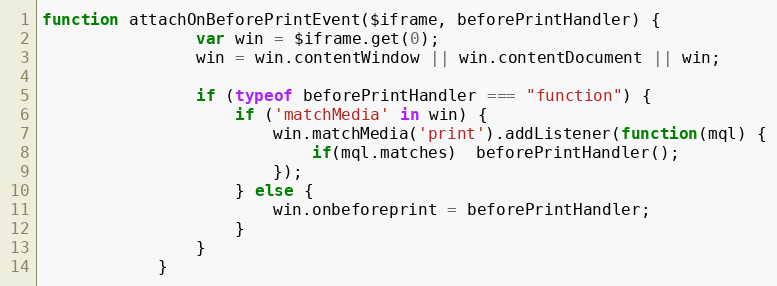
Language: JavaScript
function attachOnBeforePrintEvent($iframe, beforePrintHandler) {
                var win = $iframe.get(0);
                win = win.contentWindow || win.contentDocument || win;

                if (typeof beforePrintHandler === "function") {
                    if ('matchMedia' in win) {
                        win.matchMedia('print').addListener(function(mql) {
                            if(mql.matches)  beforePrintHandler();
                        });
                    } else {
                        win.onbeforeprint = beforePrintHandler;
                    }
                }
            }